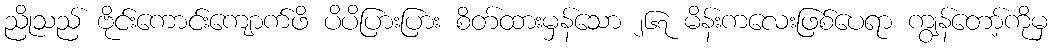
ညိုသည် ဗိုင်းကောင်းကျောက်ဖိ ပိပိပြားပြား စိတ်ထားမှန်သော ၂၆၇ မိန်းကလေးဖြစ်ပေရာ ကျွန်တော့်ကိုမှ